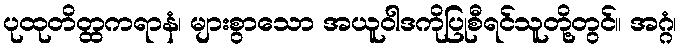
ပုထုတိတ္ထကရာနံ၊ များစွာသော အယူဝါဒကိုပြုစီရင်သူတို့တွင်။ အဂ္ဂံ၊